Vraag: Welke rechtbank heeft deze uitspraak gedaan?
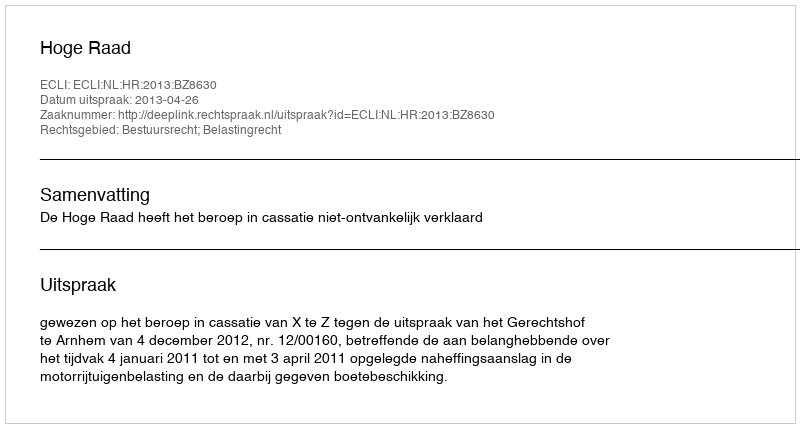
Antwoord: Hoge Raad